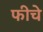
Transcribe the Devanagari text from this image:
फीचे